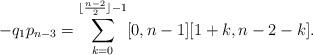
LaTeX: \begin{align*} -q_1p_{n-3} = \sum_{k=0}^{\lfloor \frac{n-2}{2} \rfloor -1} [0,n-1] [1+k,n-2-k].\end{align*}